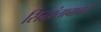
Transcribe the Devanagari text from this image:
सिद्धांताबाबत